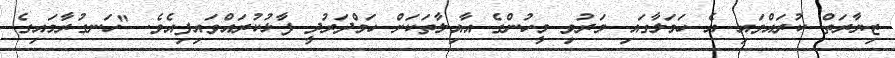
ޒިޔާރަތް ކުރައްވައި އެ ހަމަލާގައި މަރުވި މީހުންގެ އާއިލާތަކަށް ހަމްދަރުދީ ފާޅުކުރައްވައިފިއެވެ. "ހަނގުރާމައިގެ